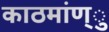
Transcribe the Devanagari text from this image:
काठमांण्ु